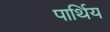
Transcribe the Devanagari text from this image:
पार्थिय